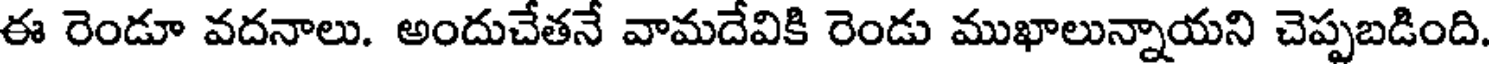
ఈ రెండూ వదనాలు. అందుచేతనే వామదేవికి రెండు ముఖాలున్నాయని చెప్పబడింది